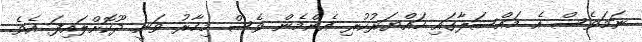
ނަމަވެސް އެ މައްސަލާގައި ހައްޔަރުކުރި އެންމެން ވެސް މިހާރު ވަނީ ދޫކޮށްލައިފަ އެވެ.